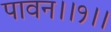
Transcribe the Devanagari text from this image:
पावन।।१।।